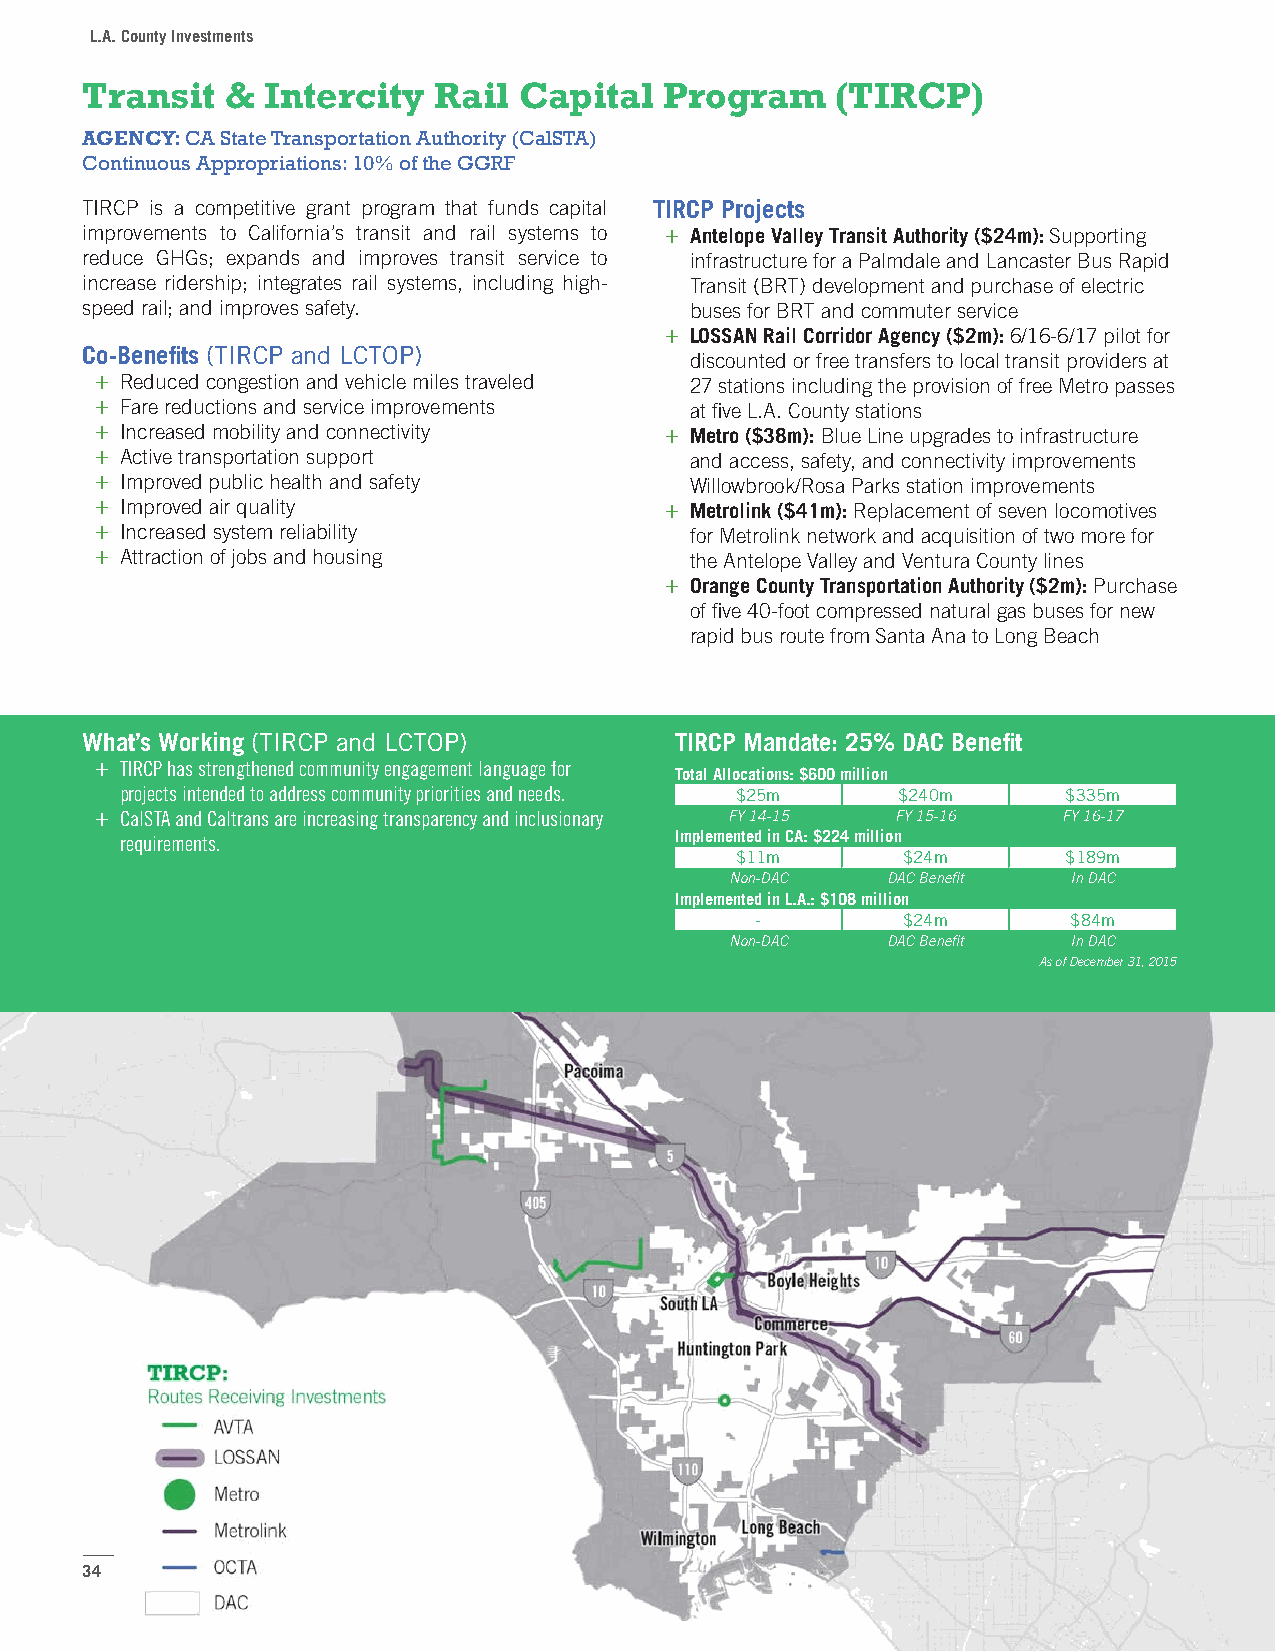
L.A. County Investments
 Transit   & Intercity   Rail Capital   Program    (TIRCP)
 AGENCY: CA State Transportation Authority (CalSTA)
 Continuous Appropriations: 10% of the GGRF
 TIRCP is a competitive grant program that funds capital TIRCP Projects
 improvements to California’s transit and rail systems to + Antelope Valley Transit Authority ($24m): Supporting
 reduce GHGs; expands and improves transit service to infrastructure for a Palmdale and Lancaster Bus Rapid
 increase ridership; integrates rail systems, including high- Transit (BRT) development and purchase of electric
 speed rail; and improves safety.         buses for BRT and commuter service
 + LOSSAN Rail Corridor Agency ($2m): 6/16-6/17 pilot for
 Co-Benefits (TIRCP and LCTOP)
 discounted or free transfers to local transit providers at
 + Reduced congestion and vehicle miles traveled 27 stations including the provision of free Metro passes
 + Fare reductions and service improvements at five L.A. County stations
 + Increased mobility and connectivity + Metro ($38m): Blue Line upgrades to infrastructure
 + Active transportation support         and access, safety, and connectivity improvements
 + Improved public health and safety     Willowbrook/Rosa Parks station improvements
 + Improved air quality                + Metrolink ($41m): Replacement of seven locomotives
 + Increased system reliability          for Metrolink network and acquisition of two more for
 + Attraction of jobs and housing        the Antelope Valley and Ventura County lines
 + Orange County Transportation Authority ($2m): Purchase
 of five 40-foot compressed natural gas buses for new
 rapid bus route from Santa Ana to Long Beach
 What’s Working (TIRCP and LCTOP)        TIRCP Mandate: 25% DAC Benefit
 + TIRCP has strengthened community engagement language for
 Total Allocations: $600 million
 projects intended to address community priorities and needs. $25m $240m $335m
 + CalSTA and Caltrans are increasing transparency and inclusionary FY 14-15 FY 15-16 FY 16-17
 requirements.                        Implemented in CA: $224 million
 $11m       $24m       $189m
 Non-DAC    DAC Benefit In DAC
 Implemented in L.A.: $108 million
 -         $24m       $84m
 Non-DAC    DAC Benefit In DAC
 As of December 31, 2015
 34